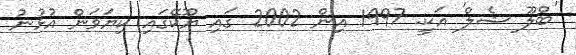
'ބްލޫ ޝެލް' އަކީ. 1997 އިން 2002 ގައި ޔޫކޭގައި ކިޔަވަން އުޅުނު